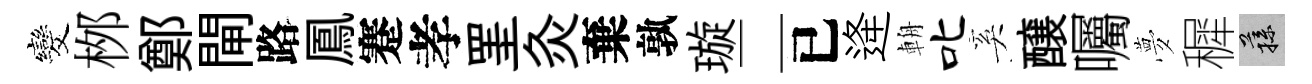
发桞鄭閘路鳳蹇孝罣灸棄孰璇二已逄輈叱奚醸囑夢穉蓀